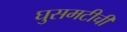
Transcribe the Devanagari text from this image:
घुसमटीची